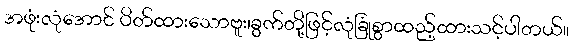
အဖုံးလုံအောင် ပိတ်ထားသောဗူး၊ခွက်တို့ဖြင့်လုံခြုံစွာထည့်ထားသင့်ပါတယ်။